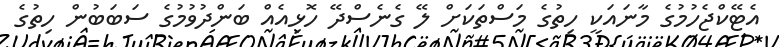
އެޓޭކްޖެހުމުގެ މާނައަކީ ހިތުގެ މަސްތަކަށް ލޭ ގެނެސްދޭ ހޮޅިއެއް ބަންދުވުމުގެ ސަބަބުން ހިތުގެ